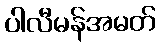
ပါလီမန်အမတ်